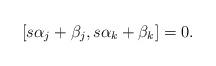
LaTeX: \begin{align*}[ s \alpha_j + \beta_j, s \alpha_k + \beta_k] = 0.\end{align*}